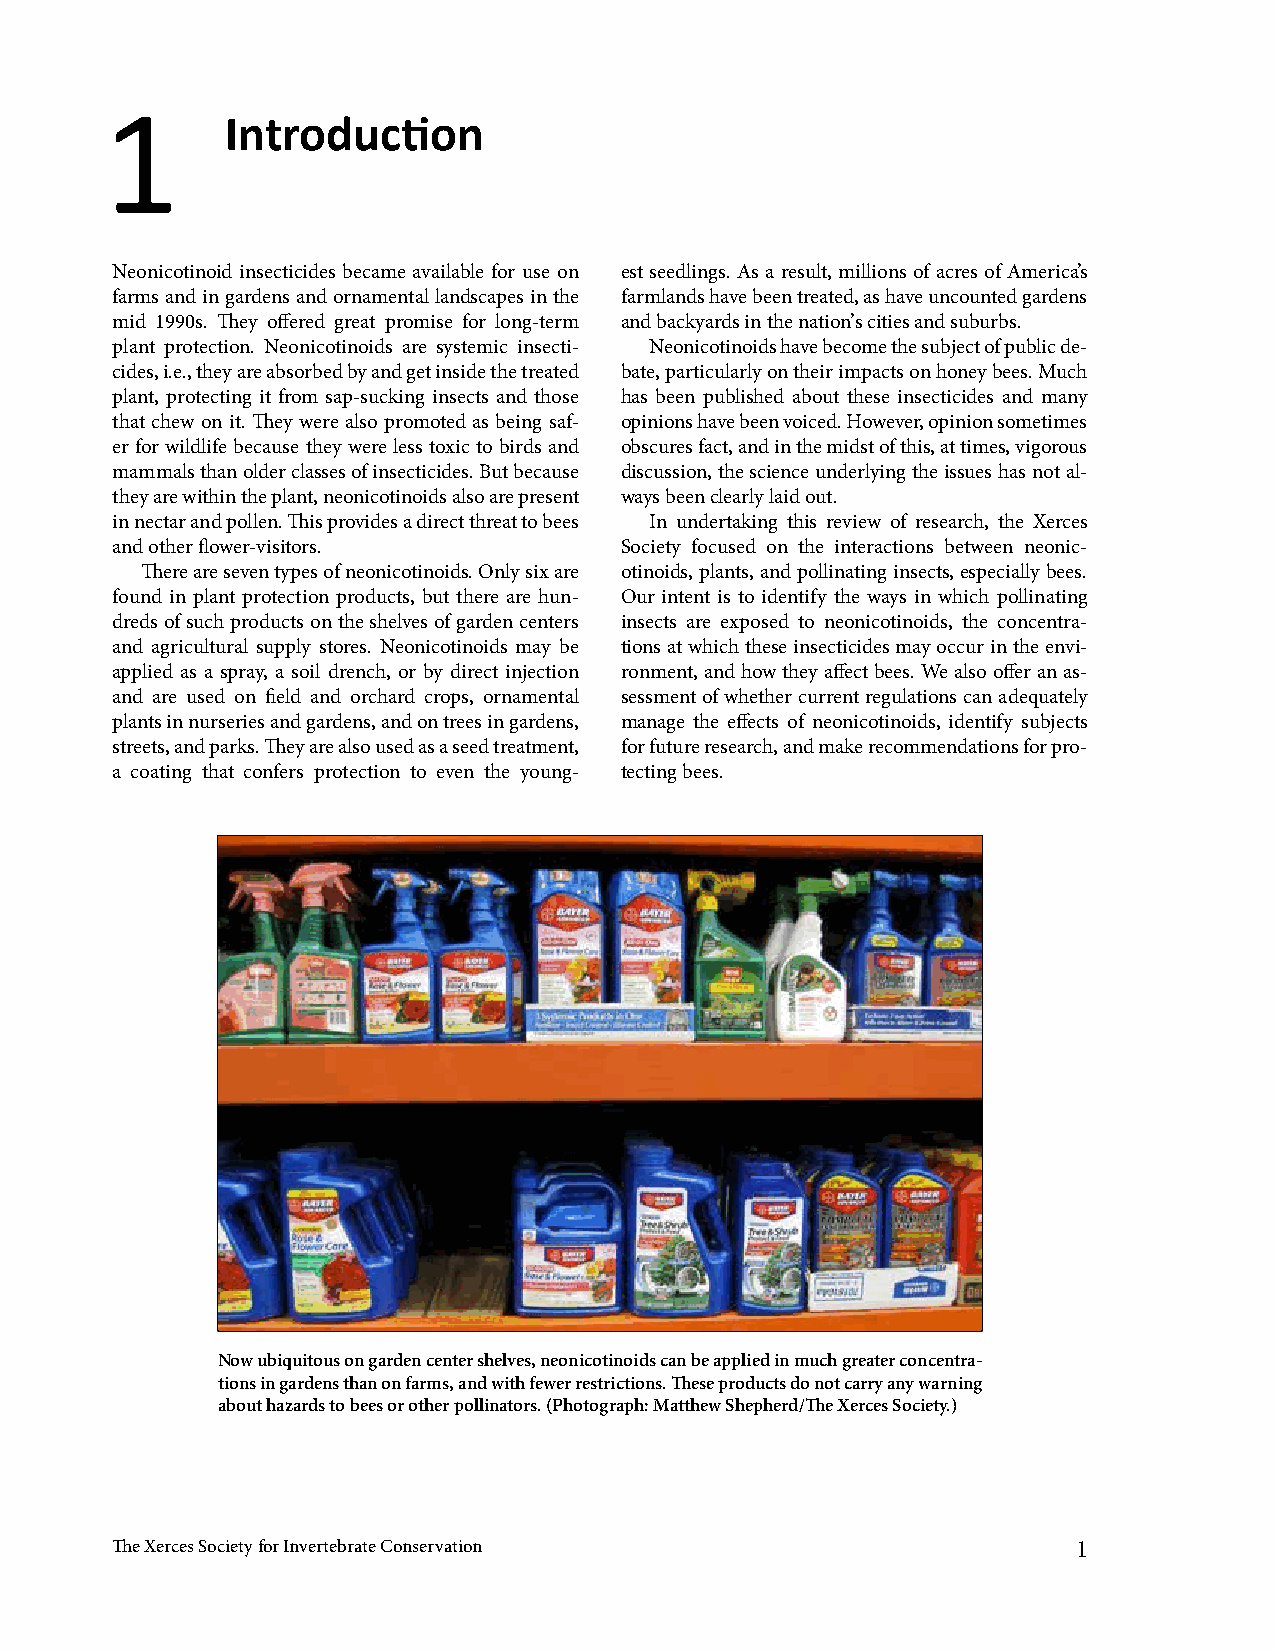
1
 Introduction
 Neonicotinoid insecticides became available for use on est seedlings. As a result, millions of acres of America’s
 farms and in gardens and ornamental landscapes in the farmlands have been treated, as have uncounted gardens
 mid 1990s. They offered great promise for long-term and backyards in the nation’ s cities and suburbs.
 plant protection. Neonicotinoids are systemic insecti- Neonicotinoids have become the subject of public de-
 cides, i.e., they are absorbed by and get inside the treated bate, particularly on their impacts on honey bees. Much
 plant, protecting it from sap-sucking insects and those has been published about these insecticides and many
 that chew on it. They were also promoted as being saf- opinions have been voiced. However, opinion sometimes
 er for wildlife because they were less toxic to birds and obscures fact, and in the midst of this, at times, vigorous
 mammals than older classes of insecticides. But because discussion, the science underlying the issues has not al-
 they are within the plant, neonicotinoids also are present ways been clearly laid out.
 in nectar and pollen. This provides a direct threat to bees In undertaking this review of research, the Xerces
 and other flower-visitors.        Society focused on the interactions between neonic-
 There are seven types of neonicotinoids. Only six are otinoids, plants, and pollinating insects, especially bees.
 found in plant protection products, but there are hun- Our intent is to identify the ways in which pollinating
 dreds of such products on the shelves of garden centers insects are exposed to neonicotinoids, the concentra-
 and agricultural supply stores. Neonicotinoids may be tions at which these insecticides may occur in the envi-
 applied as a spray, a soil drench, or by direct injection ronment, and how they affect bees. We also offer an as-
 and are used on field and orchard crops, ornamental sessment of whether current regulations can adequately
 plants in nurseries and gardens, and on trees in gardens, manage the effects of neonicotinoids, identify subjects
 streets, and parks. They are also used as a seed treatment, for future research, and make recommendations for pro-
 a coating that confers protection to even the young- tecting bees.
 Now ubiquitous on garden center shelves, neonicotinoids can be applied in much greater concentra-
 tions in gardens than on farms, and with fewer restrictions. These products do not carry any warning
 about hazards to bees or other pollinators. (Photograph: Matthew Shepherd/The Xerces Society.)
 The Xerces Society for Invertebrate Conservation                1